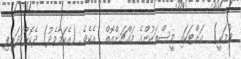
ވުމަކީ)  އަށްޓަކައި މީސްތަކުންގެ މައްޗަށްއޮތް  އެކެވެ. (އެކަމާމެދު) ދެކޮޅުހަދައިފި